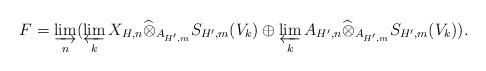
LaTeX: \begin{align*}F= \varinjlim_n ( \varprojlim_{k} X_{H,n}\widehat{\otimes}_{A_{H',m}} S_{H',m}(V_k) \oplus \varprojlim_k A_{H',n}\widehat{\otimes}_{A_{H',m}} S_{H',m}(V_k) ). \end{align*}